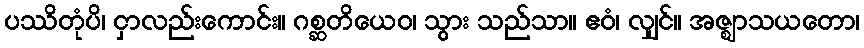
ပဿိတုံပိ၊ ငှာလည်းကောင်း။ ဂစ္ဆတိယေဝ၊ သွား သည်သာ။ ဧဝံ၊ လျှင်။ အဇ္ဈာသယတော၊